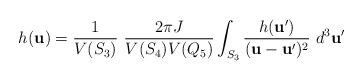
LaTeX: \begin{align*}h({\bf u}) = \frac{1}{V(S_3)} \ \frac{2\pi J}{V(S_4)V(Q_5)}\int_{S_3} \frac{h({\bf u}')}{({\bf u}-{\bf u}')^2} \ d^3{\bf u}'\end{align*}